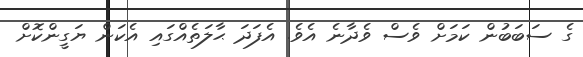
ގެ ސަބަބުން ކަމަށް ވެސް ވެދާނެ އެވެ. އެފަދަ ޙާލަތެއްގައި އެކަން ޔަގީންކޮށް